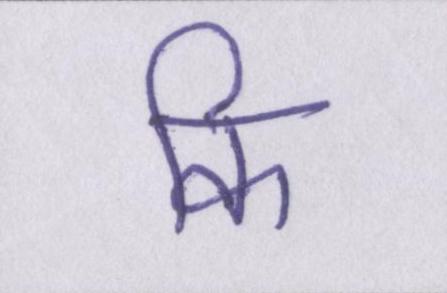
कि